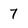
Character: 7